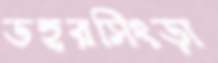
ডহরসিংড়া